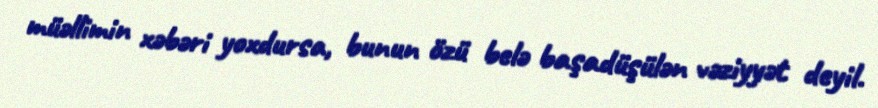
müəllimin xəbəri yoxdursa, bunun özü belə başadüşülən vəziyyət deyil.